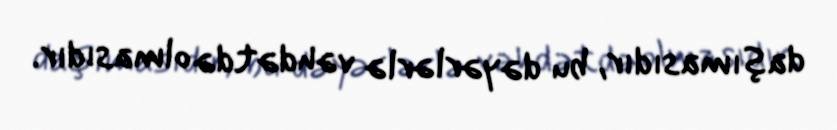
daşımasıdır, bu dəyərlərlə vəhdətdə olmasıdır.